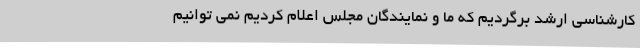
کارشناسی ارشد برگردیم که ما و نمایندگان مجلس اعلام کردیم نمی توانیم